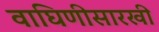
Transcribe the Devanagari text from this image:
वाघिणीसारखी